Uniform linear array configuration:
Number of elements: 64
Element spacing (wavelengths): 0.5
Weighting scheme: binomial
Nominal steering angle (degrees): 45
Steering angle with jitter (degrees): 44.708
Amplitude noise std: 0.05
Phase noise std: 0.05

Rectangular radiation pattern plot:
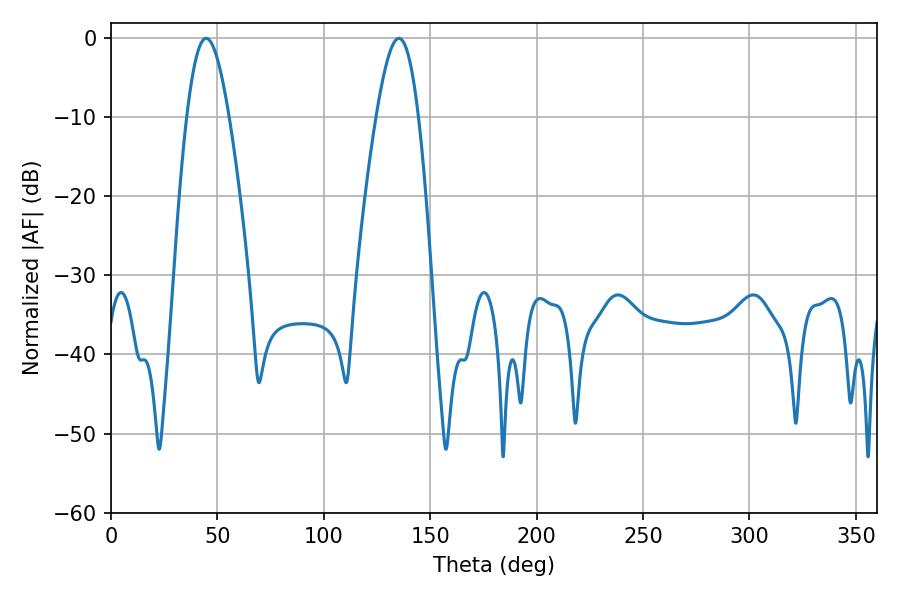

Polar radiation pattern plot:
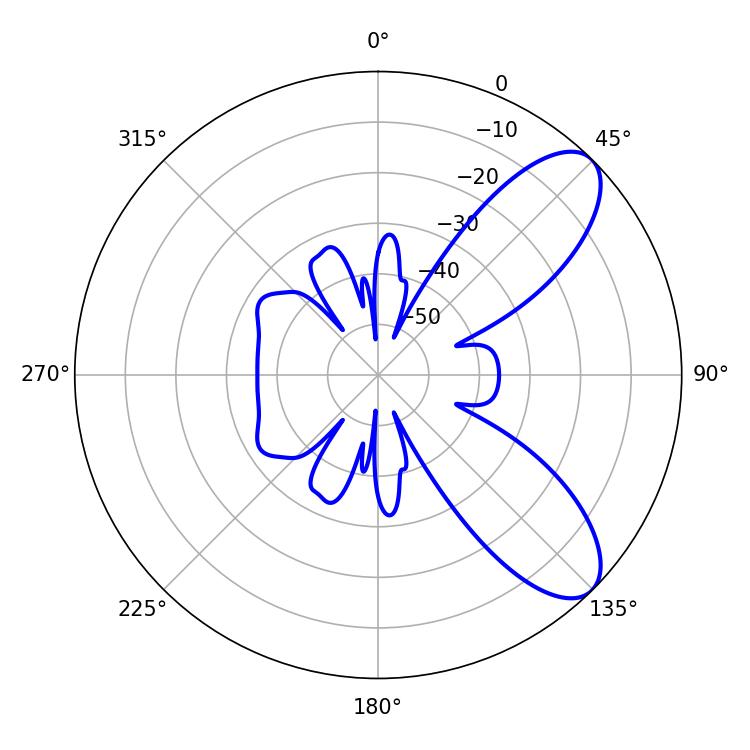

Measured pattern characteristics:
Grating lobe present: FALSE
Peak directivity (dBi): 8.44
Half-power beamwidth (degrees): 10.62
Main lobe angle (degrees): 44.64